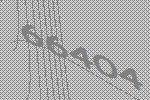
66404